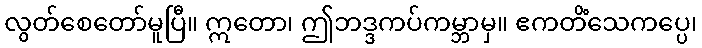
လွတ်စေတော်မူပြီ။ ဣတော၊ ဤဘဒ္ဒကပ်ကမ္ဘာမှ။ ဧကတိံသေကပ္ပေ၊